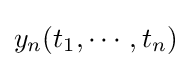
y_{n}(t_{1},\cdots ,t_{n})